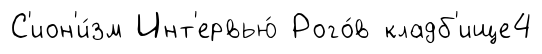
С'ион'и́зм Инт'ервью́ Рого́в кладб'ище4